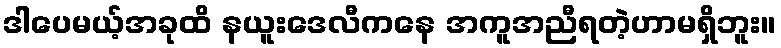
ဒါပေမယ့်အခုထိ နယူးဒေလီကနေ အကူအညီရတဲ့ဟာမရှိဘူး။